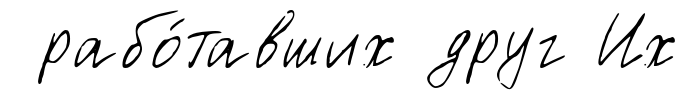
рабо́тавших друг Их